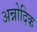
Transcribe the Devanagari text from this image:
अन्नोदिक